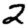
Digit: 2